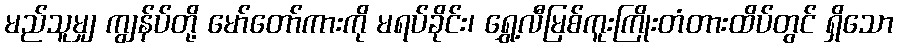
မည်သူမျှ ကျွန်ပ်တို့ မော်တော်ကားကို မရပ်ခိုင်း၊ ရွှေ့လီမြစ်ကူးကြိုးတံတားထိပ်တွင် ရှိသော